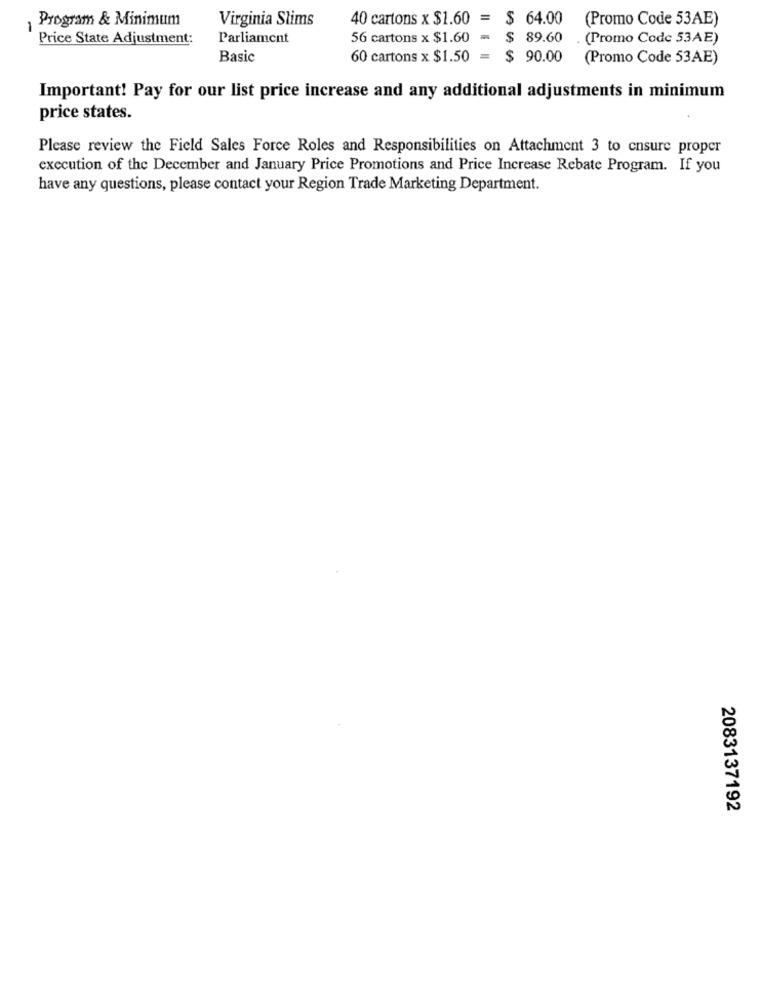
Program & Minimum
Virginia Slims
40 cartons x $1.60 = $ 64.00 (Promo Code 53AE)
Price State Adjustment:
Parliament
56 cartons x $1.60 = $ 89.60 . (Promo Code 53AE)
Basic
60 cartons x $1.50 = $ 90.00
(Promo Code 53AE)
Important! Pay for our list price increase and any additional adjustments in minimum
price states.
Please review the Field Sales Force Roles and Responsibilities on Attachment 3 to ensure proper
execution of the December and January Price Promotions and Price Increase Rebate Program. If you
have any questions, please contact your Region Trade Marketing Department.
2083137192